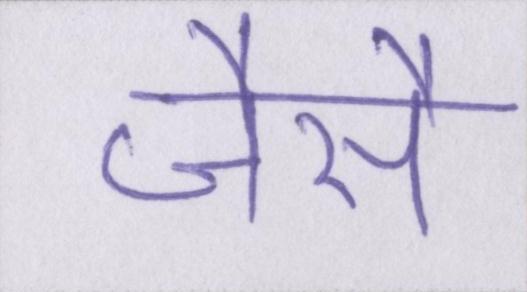
जैसै